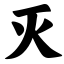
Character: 灭